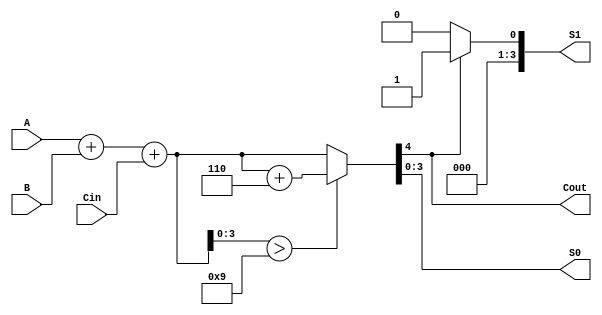
module BCD_Redundant_Binary_Adder (
    input [3:0] A,      // BCD input A
    input [3:0] B,      // BCD input B
    input Cin,          // Carry-in
    output reg [3:0] S0, // Lower BCD digit output
    output reg [3:0] S1, // Higher BCD digit output
    output reg Cout      // Carry-out
);

    // Intermediate signals
    wire [4:0] sum;      // 5-bit sum to accommodate carry
    wire [4:0] corrected_sum; // Corrected sum after BCD adjustment
    wire correction_needed; // Flag to indicate if correction is needed

    // Binary addition of A, B, and Cin
    assign sum = A + B + Cin;

    // Check if correction is needed (if sum > 9)
    assign correction_needed = sum[3:0] > 9;

    // BCD correction logic
    always @(*) begin
        if (correction_needed) begin
            corrected_sum = sum + 5'b00110; // Add 6 in binary
        end else begin
            corrected_sum = sum;
        end
        // Assign outputs
        S0 = corrected_sum[3:0]; // Lower BCD digit
        S1 = corrected_sum[4] ? 4'b0001 : 4'b0000; // Higher BCD digit (if carry)
        Cout = corrected_sum[4]; // Carry-out
    end

endmodule